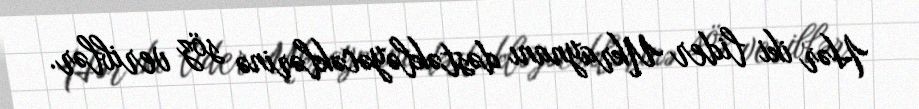
Hər iki lider Ukraynanı dəstəkləyəcəklərinə söz veriblər.